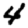
Digit: 4